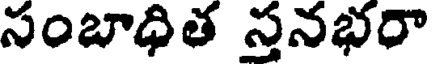
సంబాధిత స్తనభరా